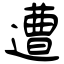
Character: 遭